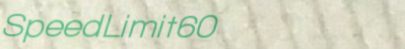
SpeedLimit60